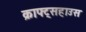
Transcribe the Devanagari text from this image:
क्राफ्ट्सहाउस